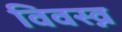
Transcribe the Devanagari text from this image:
विवस्व्न